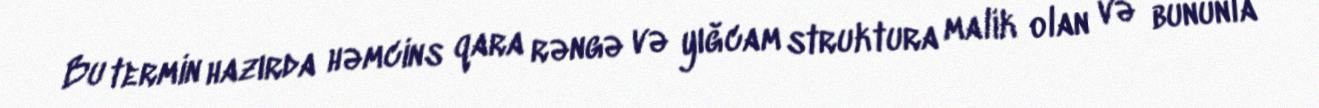
Bu termin hazırda həmcins qara rəngə və yığcam struktura malik olan və bununla